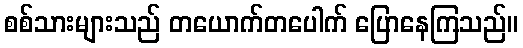
စစ်သားများသည် တယောက်တပေါက် ပြောနေကြသည်။